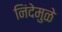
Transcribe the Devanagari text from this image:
निंदेमुळे